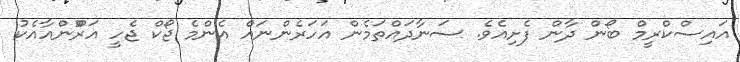
އައިސްކްރީމް ބޯން ދާން ފެށިއެވެ. ސަނާދައްތަމެން އަހަރެންނައް އެންމެ ޖޯކް ޖެހީ އަރޫްންއާއެކު